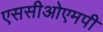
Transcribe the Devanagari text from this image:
एससीओएमपी